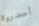
أحضروا